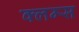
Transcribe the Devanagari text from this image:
क्लम्स